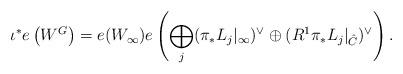
LaTeX: \begin{align*}\iota^*e\left(W^G\right)=e(W_\infty)e\left( \bigoplus_j(\pi_*L_j|_{\infty})^\vee\oplus (R^1\pi_*L_j|_{\hat C})^\vee\right).\end{align*}